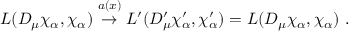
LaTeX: { \cal { L } } ( D _ { \mu } \chi _ { \alpha } , \chi _ { \alpha } ) \stackrel { a ( x ) } { \rightarrow } { \cal { L } } ^ { \prime } ( D _ { \mu } ^ { \prime } \chi _ { \alpha } ^ { \prime } , \chi _ { \alpha } ^ { \prime } ) = { \cal { L } } ( D _ { \mu } \chi _ { \alpha } , \chi _ { \alpha } ) ~ .